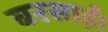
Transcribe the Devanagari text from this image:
बरसाईं।